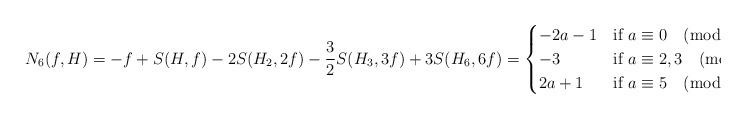
LaTeX: \begin{align*}N_6(f,H)=-f+S(H,f)-2S(H_2,2f)-\frac{3}{2}S(H_3,3f)+3S(H_6,6f)=\begin{cases}-2a-1&\hbox{if $a\equiv 0\pmod 6$,}\\-3&\hbox{if $a\equiv 2,3\pmod 6$,}\\2a+1&\hbox{if $a\equiv 5\pmod 6$.}\end{cases}\end{align*}